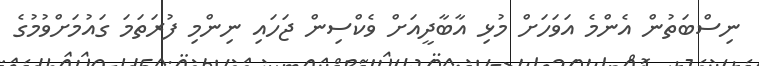
ނިސްބަތުން އެންމެ އަވަހަށް މުޅި އާބާދީއަށް ވެކްސިން ޖަހައި ނިންމި ފުރަތަމަ ގައުމަށްވުމުގެ